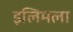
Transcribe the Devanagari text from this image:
इलिमला